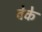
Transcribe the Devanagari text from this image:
वेके